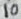
Text: 10